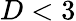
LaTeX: D<3